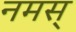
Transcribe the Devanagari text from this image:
नमस्